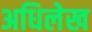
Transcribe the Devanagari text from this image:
अधिलेख